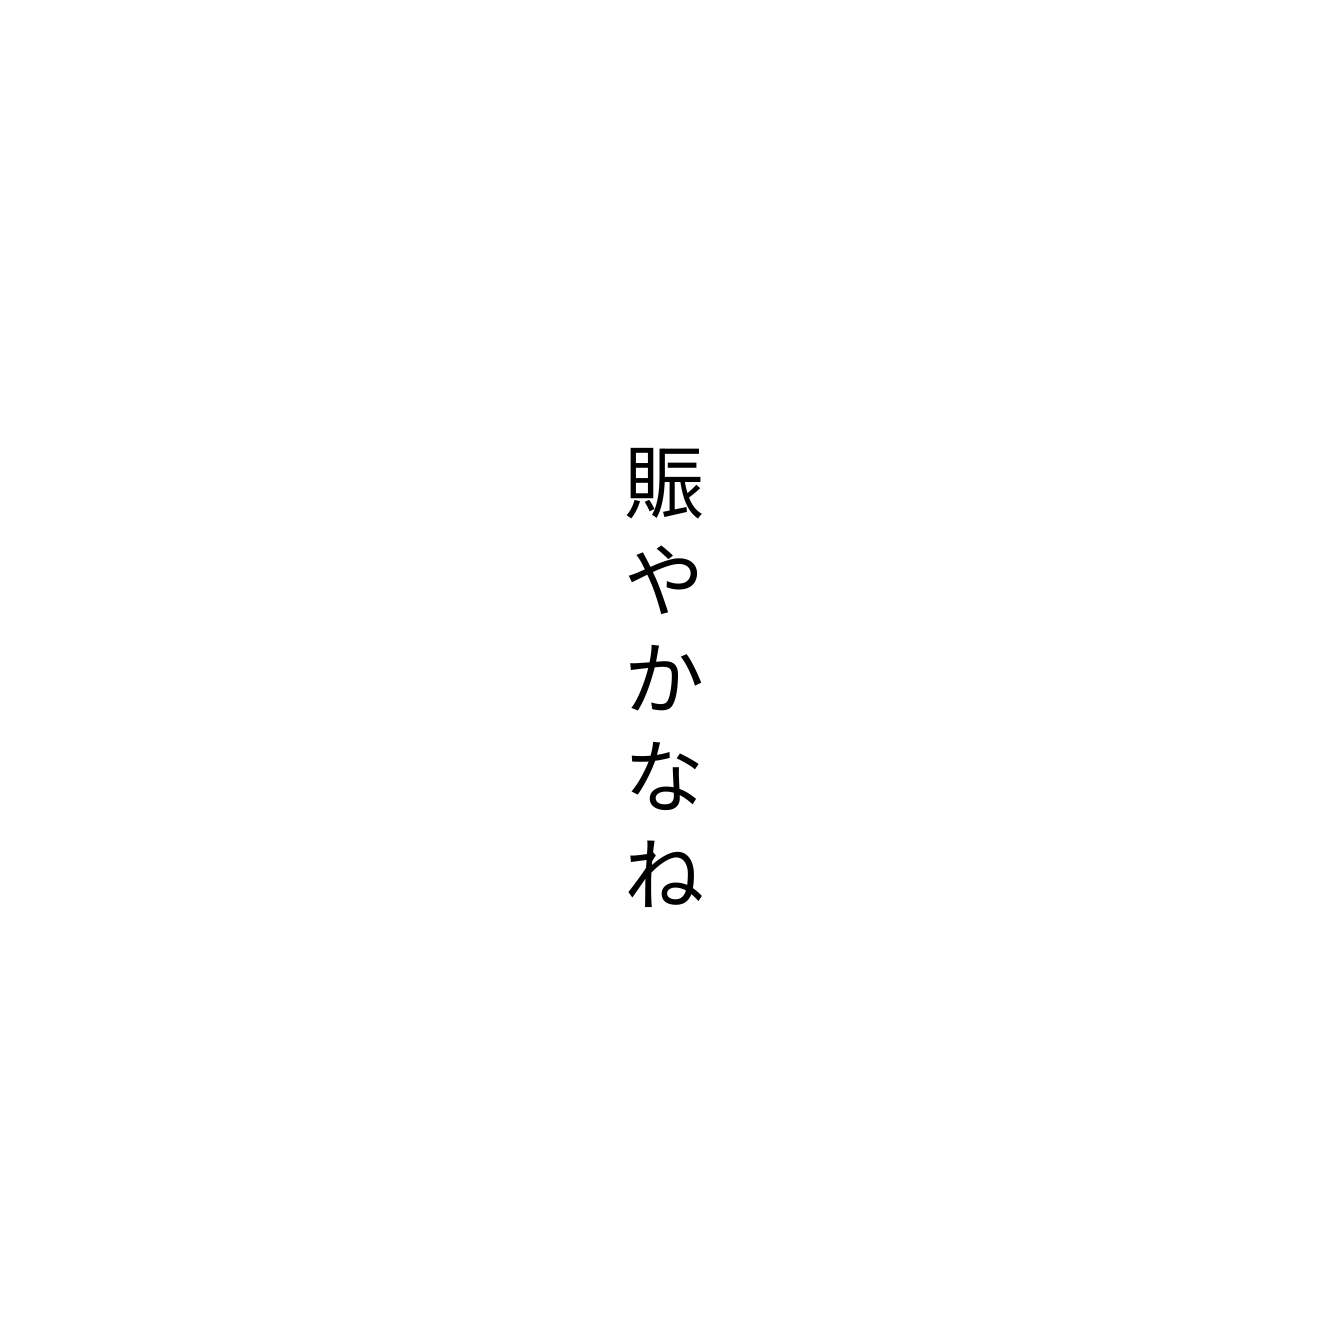
賑やかなね